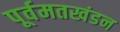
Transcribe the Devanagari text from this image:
पूर्वमतखंडन